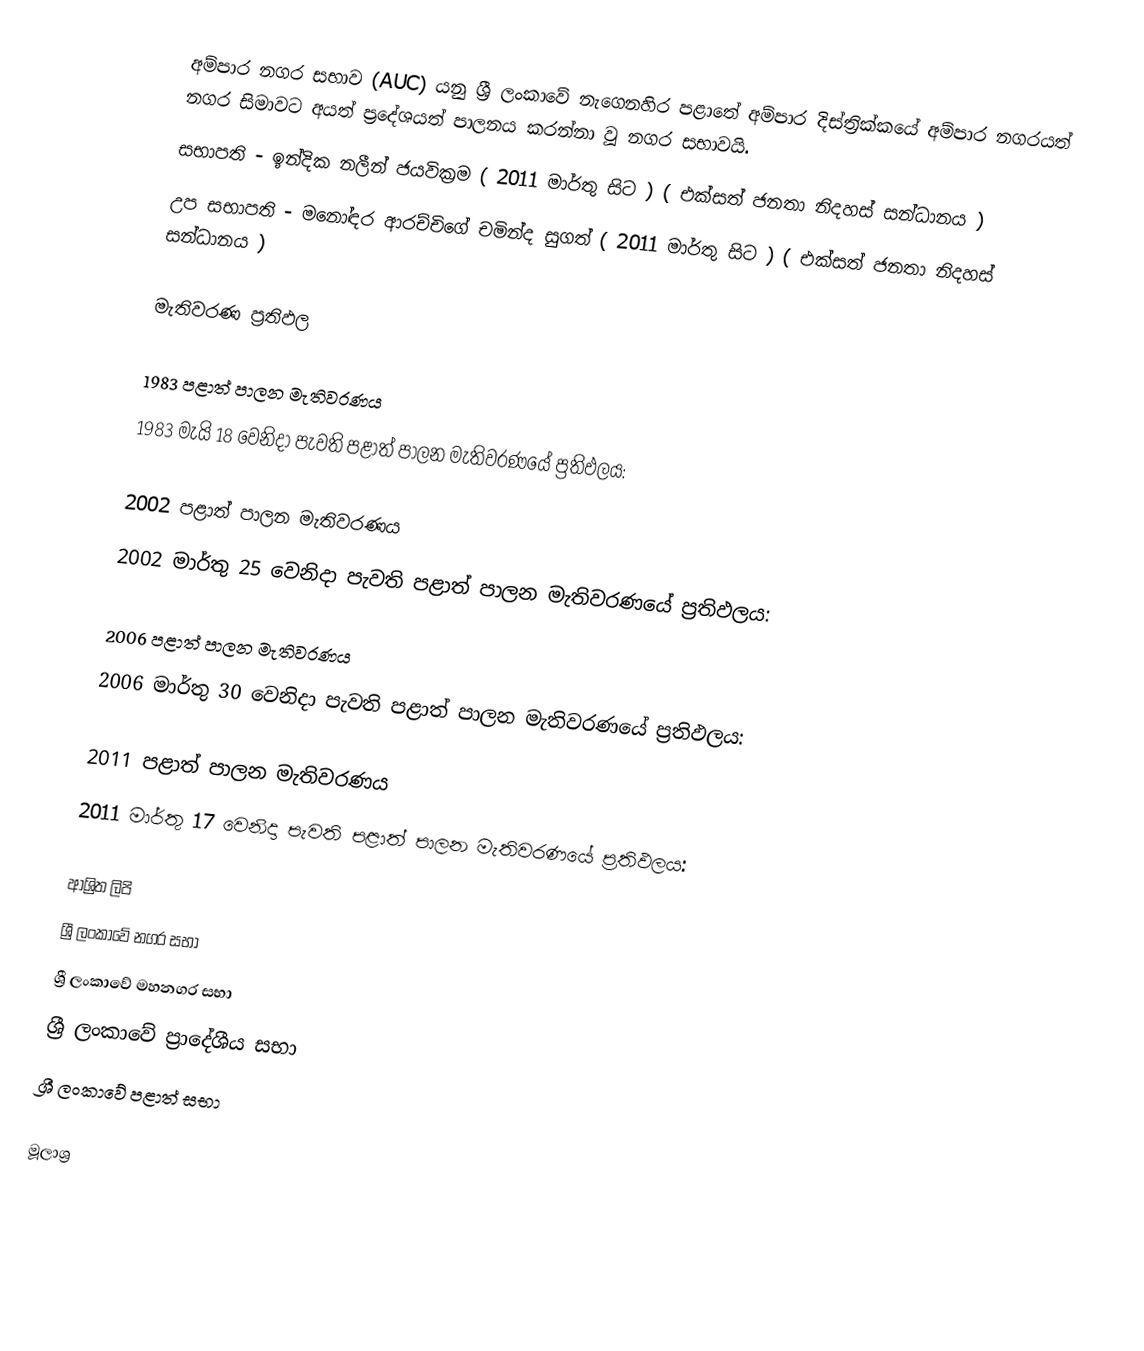
අම්පාර නගර සභාව (AUC) යනු ශ්‍රී ලංකාවේ	නැගෙනහිර පළාතේ 	අම්පාර දිස්ත්‍රික්කයේ	 අම්පාර නගරයත් නගර සිමාවට අයත් ප්‍රදේශයත් පාලනය කරන්නා වූ නගර සභාවයි.
 සභාපති - ඉන්දික නලීන් ජයවික්‍රම ( 2011 මාර්තු සිට ) ( එක්සත් ජනතා නිදහස් සන්ධානය )
 උප සභාපති - මනෝඳර ආරච්චිගේ චමින්ද සුගත් ( 2011 මාර්තු සිට )  ( එක්සත් ජනතා නිදහස් සන්ධානය )

මැතිවරණ ප්‍රතිඵල

1983 පළාත් පාලන මැතිවරණය
1983 මැයි 18 වෙනිදා පැවති පළාත් පාලන මැතිවරණයේ ප්‍රතිඵලය:

2002 පළාත් පාලන මැතිවරණය
2002 මාර්තු 25 වෙනිදා පැවති පළාත් පාලන මැතිවරණයේ ප්‍රතිඵලය:

2006 පළාත් පාලන මැතිවරණය
2006 මාර්තු 30 වෙනිදා පැවති පළාත් පාලන මැතිවරණයේ ප්‍රතිඵලය:

2011 පළාත් පාලන මැතිවරණය
2011 මාර්තු 17 වෙනිදා පැවති පළාත් පාලන මැතිවරණයේ ප්‍රතිඵලය:

ආශ්‍රිත ලිපි
ශ්‍රී ලංකාවේ නගර සභා
ශ්‍රී ලංකාවේ මහනගර සභා
ශ්‍රී ලංකාවේ ප්‍රාදේශීය සභා
ශ්‍රී ලංකාවේ පළාත් සභා

මූලාශ්‍ර